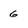
Character: 6